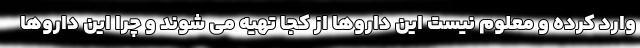
وارد کرده و معلوم نیست این داروها از کجا تهیه می شوند و چرا این داروها